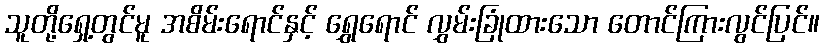
သူတို့ရှေ့တွင်မူ အစိမ်းရောင်နှင့် ရွှေရောင် လွှမ်းခြုံထားသော တောင်ကြားလွင်ပြင်။